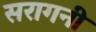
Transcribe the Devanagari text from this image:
सरागनी